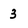
Character: 3